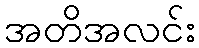
အတိအလင်း